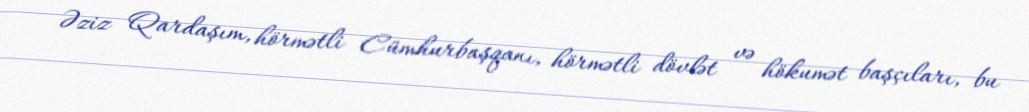
Əziz Qardaşım, hörmətli Cümhurbaşqanı, hörmətli dövlət və hökumət başçıları, bu